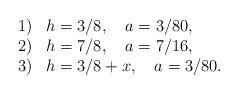
LaTeX: \begin{align*}\begin{array}{ll}1) & h=3/8, \quad a=3/80 , \\2) & h=7/8, \quad a=7/16 , \\3) & h=3/8+x, \quad a=3/80 . \end{array}\end{align*}